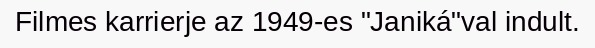
Filmes karrierje az 1949-es "Janiká"val indult.